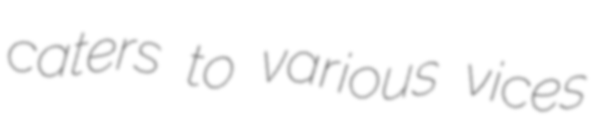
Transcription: caters to various vices